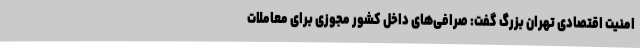
امنیت اقتصادی تهران بزرگ گفت: صرافی‌های داخل کشور مجوزی برای معاملات